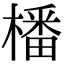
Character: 橎